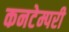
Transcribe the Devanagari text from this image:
कनटेम्परी